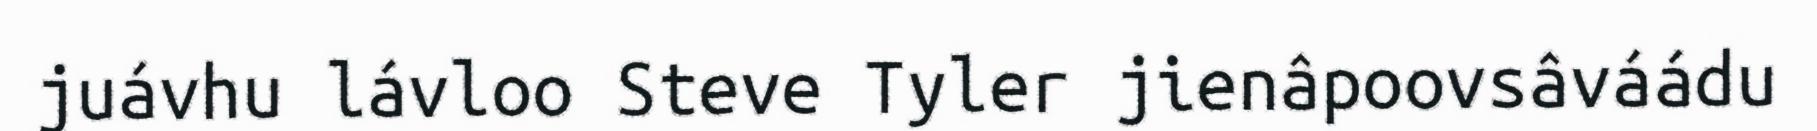
juávhu lávloo Steve Tyler jienâpoovsâváádu